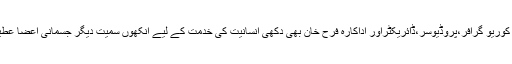
فرح خان: بالی ووڈ کی مشہور کوریو گرافر،پروڈیوسر،ڈائریکٹراور اداکارہ فرح خان بھی دکھی انسانیت کی خدمت کے لیے آنکھوں سمیت دیگر جسمانی اعضا عطیہ کرنے کا اعلان کرچکی ہیں۔